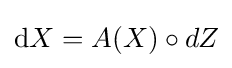
\mathrm {d} X=A(X)\circ dZ